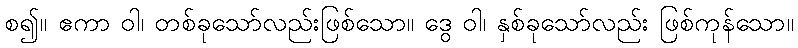
စ၍။ ဧကာ ဝါ၊ တစ်ခုသော်လည်းဖြစ်သော။ ဒွေ ဝါ၊ နှစ်ခုသော်လည်း ဖြစ်ကုန်သော။